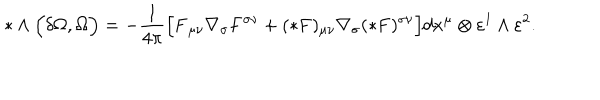
LaTeX: * \wedge \Bigl ( \delta \Omega , \Omega \Bigr ) = - \frac { 1 } { 4 \pi } \Bigl [ { \bf F } _ { \mu \nu } \nabla _ { \sigma } { \bf F } ^ { \sigma \nu } + ( * { \bf F } ) _ { \mu \nu } \nabla _ { \sigma } ( * { \bf F } ) ^ { \sigma \nu } \Bigr ] d x ^ { \mu } \otimes \varepsilon ^ { 1 } \wedge \varepsilon ^ { 2 } .